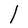
Character: l